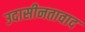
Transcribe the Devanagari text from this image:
उदासीनतावाद